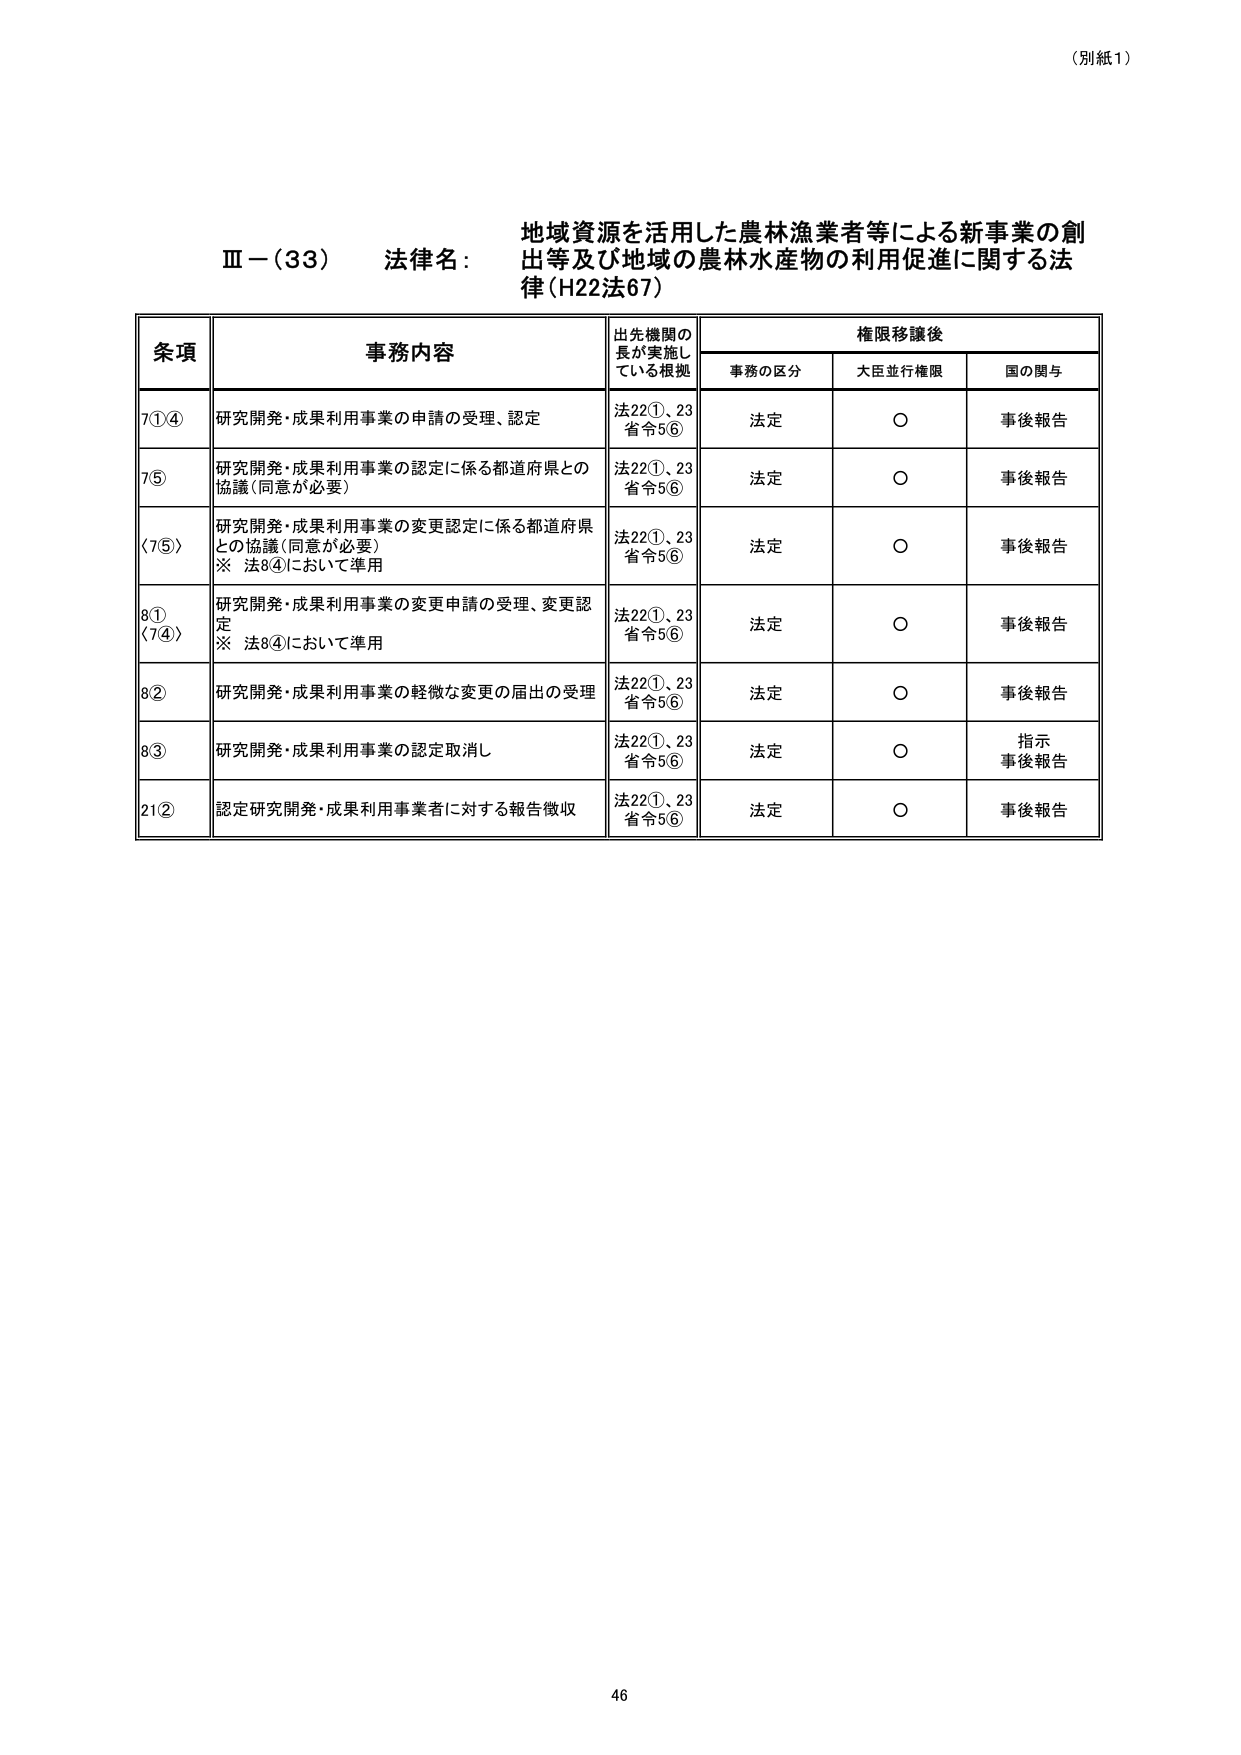
（別紙1）

地域資源を活用した農林漁業者等による新事業の創出等及び地域の農林水産物の利用促進に関する法律（H22法67）

Ⅲ－（33） 法律名：

条項 事務内容 出先機関の長が実施している根拠 権限移譲後